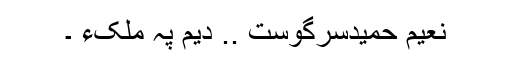
نعیم حمیدسرگوست .. دیم پہ ملکءَ ۔